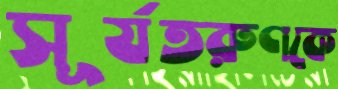
সূর্যতরুণকে